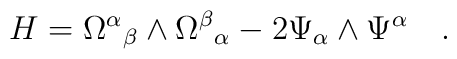
H={\Omega^\alpha}_\beta \wedge{\Omega^\beta}_\alpha-2 \Psi_\alpha \wedge\Psi^\alpha \quad.